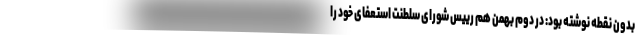
بدون نقطه نوشته بود: در دوم بهمن هم رییس شورای سلطنت استعفای خود را